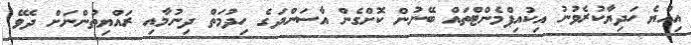
އިއްޔެ ހަދިޔާކުރެވުނު އިކުއިޕްމެންޓްތައް ބޭނުން ކޮށްގެން އާސަންދަގެ ހިދުމަތް ދިނުމާއި ރައްޔިތުންނަށް ދެވޭ